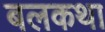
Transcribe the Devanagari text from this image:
बलकथा